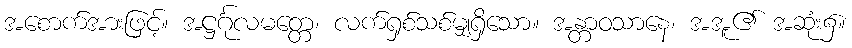
အစောက်အားဖြင့်။ အဋ္ဌင်္ဂုလမတ္တေ၊ လက်ရှစ်သစ်မျှရှိသော။ အန္တာဝသာနေ၊ အအူ၏ အဆုံး၌။